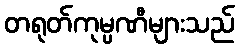
တရုတ်ကုမ္ပဏီများသည်